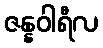
ဇန္နဝါရီလ